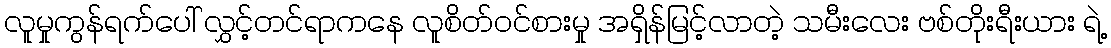
လူမှုကွန်ရက်ပေါ် လွှင့်တင်ရာကနေ လူစိတ်ဝင်စားမှု အရှိန်မြင့်လာတဲ့ သမီးလေး ဗစ်တိုးရီးယား ရဲ့